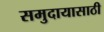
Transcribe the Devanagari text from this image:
समुदायासाठी